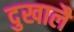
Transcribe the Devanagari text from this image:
दुखालै